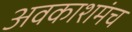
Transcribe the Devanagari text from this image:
अवकाशमंच